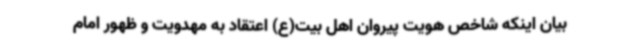
بیان اینکه شاخص هویت پیروان اهل بیت(ع) اعتقاد به مهدویت و ظهور امام